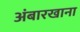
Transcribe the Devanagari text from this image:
अंबारखाना